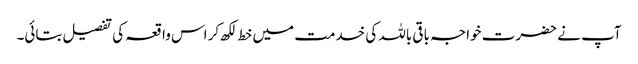
آپ نے حضرت خواجہ باقی باللہ کی خدمت میں خط لکھ کر اس واقعہ کی تفصیل بتائی۔